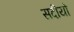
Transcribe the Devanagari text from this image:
सदीयो